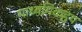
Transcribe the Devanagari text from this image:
माध्यमिकहृय